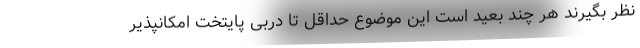
نظر بگیرند هر چند بعید است این موضوع حداقل تا دربی پایتخت امکانپذیر